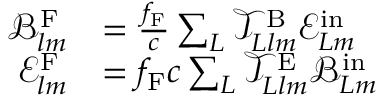
\begin{array} { r l } { \mathcal { B } _ { l m } ^ { \mathrm { F } } } & { = \frac { f _ { \mathrm { F } } } { c } \sum _ { L } \mathcal { T } _ { L l m } ^ { \mathrm { B } } \mathcal { E } _ { L m } ^ { \mathrm { i n } } } \\ { \mathcal { E } _ { l m } ^ { \mathrm { F } } } & { = f _ { \mathrm { F } } c \sum _ { L } \mathcal { T } _ { L l m } ^ { \mathrm { E } } \mathcal { B } _ { L m } ^ { \mathrm { i n } } } \end{array}